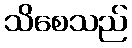
သိစေသည်